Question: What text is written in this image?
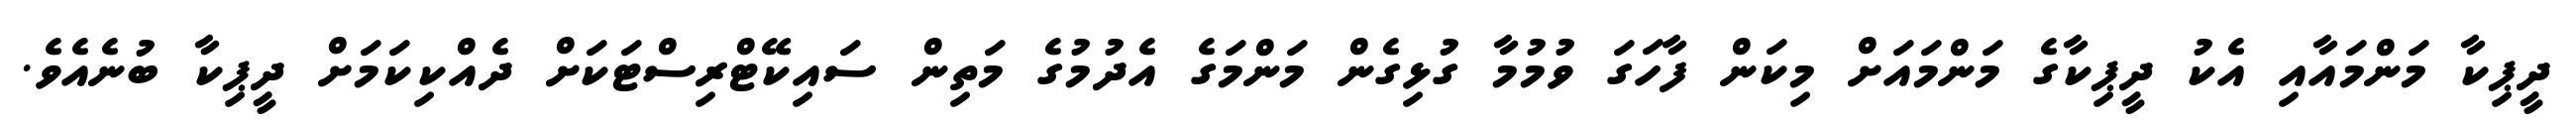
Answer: ދީޕިކާ މަންމައާއި އެކު ދީޕިކާގެ މަންމައަށް މިކަން ފާހަގަ ވުމުމާ ގުޅިގެން މަންމަގެ އެދުމުގެ މަތިން ސައިކޭޓްރިސްޓަކަށް ދެއްކިކަމަށް ދީޕިކާ ބުނެއެވެ.